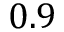
0 . 9